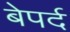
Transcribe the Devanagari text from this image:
बेपर्द